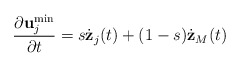
\begin{align*}\frac{\partial {\bf u}_j^{\min} }{\partial t} = s \dot{{\bf z}}_j(t)+ (1-s) \dot{{\bf z}}_M(t)\end{align*}